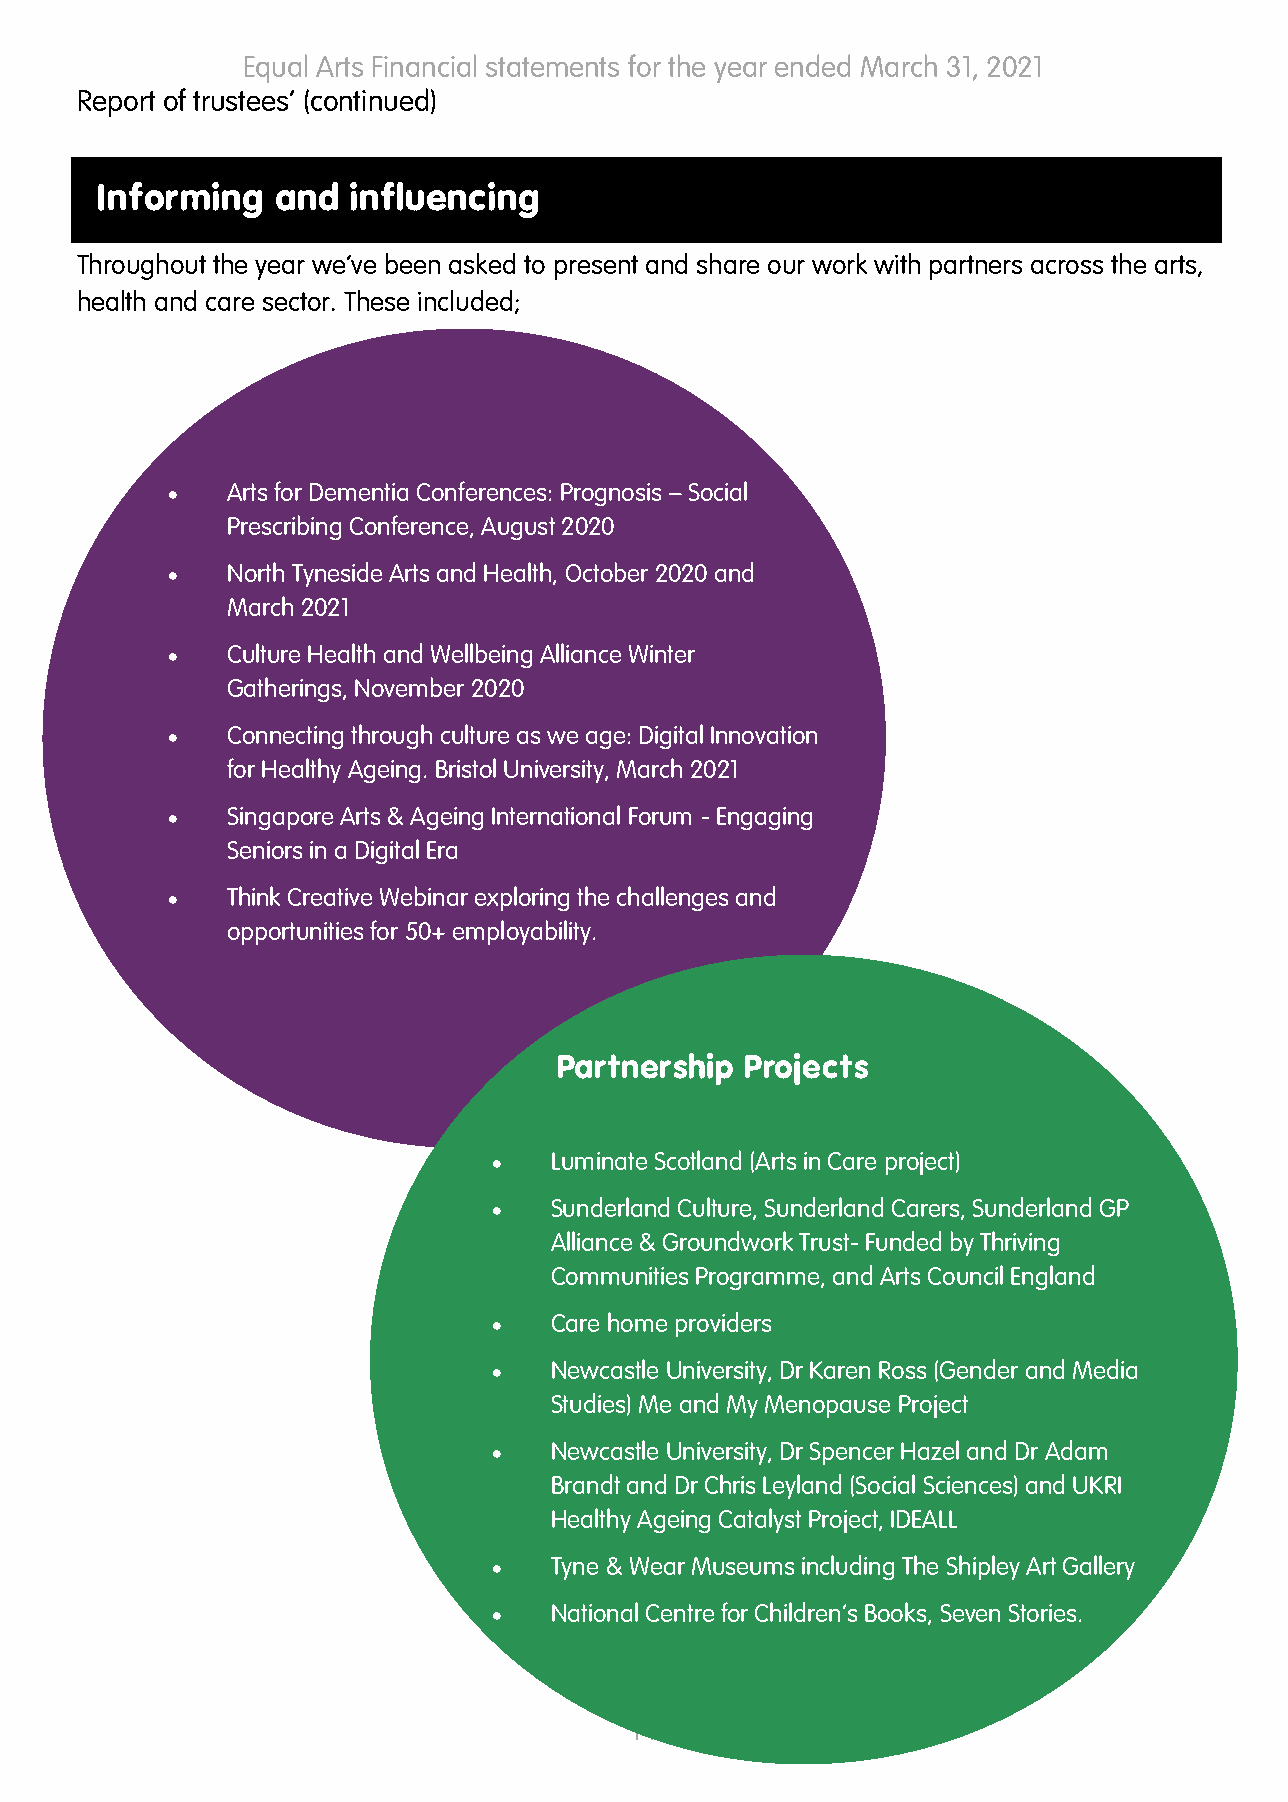
Equal Arts Financial statements for the year ended March 31, 2021
 Report of trustees’ (continued)
 Informing   and  influencing
 Throughout the year we’ve been asked to present and share our work with partners across the arts,
 health and care sector. These included;
 •   Arts for Dementia Conferences: Prognosis – Social
 Prescribing Conference, August 2020
 •   North Tyneside Arts and Health, October 2020 and
 March 2021
 •   Culture Health and Wellbeing Alliance Winter
 Gatherings, November 2020
 •   Connecting through culture as we age: Digital Innovation
 for Healthy Ageing. Bristol University, March 2021
 •   Singapore Arts & Ageing International Forum - Engaging
 Seniors in a Digital Era
 •   Think Creative Webinar exploring the challenges and
 opportunities for 50+ employability.
 Partnership Projects
 •  Luminate Scotland (Arts in Care project)
 •  Sunderland Culture, Sunderland Carers, Sunderland GP
 Alliance & Groundwork Trust- Funded by Thriving
 Communities Programme, and Arts Council England
 •  Care home providers
 •  Newcastle University, Dr Karen Ross (Gender and Media
 Studies) Me and My Menopause Project
 •  Newcastle University, Dr Spencer Hazel and Dr Adam
 Brandt and Dr Chris Leyland (Social Sciences) and UKRI
 Healthy Ageing Catalyst Project, IDEALL
 •  Tyne & Wear Museums including The Shipley Art Gallery
 •  National Centre for Children’s Books, Seven Stories.
 14